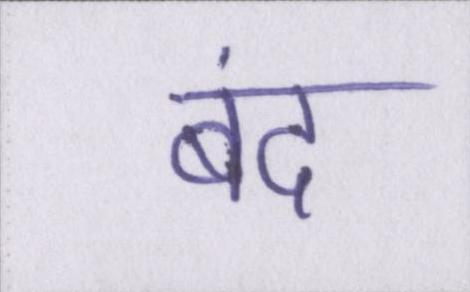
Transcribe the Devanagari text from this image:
बंद